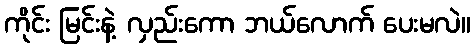
ကိုင်း မြင်းနဲ့ လှည်းကော ဘယ်လောက် ပေးမလဲ။